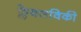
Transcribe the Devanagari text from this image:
फ्लेक्सविकी